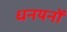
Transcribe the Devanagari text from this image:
धनयनों